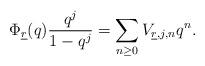
LaTeX: \begin{align*}\Phi_{\underline{r}}(q)\frac{q^j}{1-q^{j}}=\sum_{n \geq 0}V_{\underline{r},j,n}q^n.\end{align*}